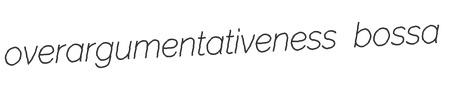
overargumentativeness bossa